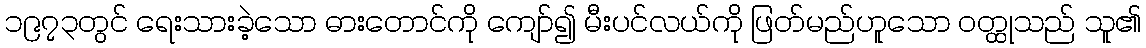
၁၉၇၃တွင် ရေးသားခဲ့သော ဓားတောင်ကို ကျော်၍ မီးပင်လယ်ကို ဖြတ်မည်ဟူသော ဝတ္ထုသည် သူ၏